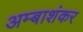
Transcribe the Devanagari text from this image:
अम्बाशंकर